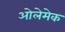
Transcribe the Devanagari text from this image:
ओलेमेक